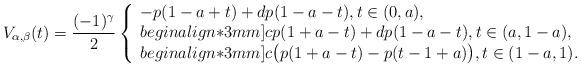
LaTeX: \begin{align*}\displaystyle V_{\alpha,\beta}(t)=\frac{(-1)^{\gamma}}{2}\left\{\begin{array}{l}\displaystyle -p(1-a+t)+dp(1-a-t), t\in (0,a), \\begin{align*}3mm]\displaystyle cp(1+a-t)+dp(1-a-t), t\in (a,1-a), \\begin{align*}3mm]\displaystyle c\big(p(1+a-t)-p(t-1+a)\big), t\in (1-a,1).\end{array}\right.\end{align*}